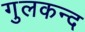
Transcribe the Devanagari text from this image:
गुलकन्द